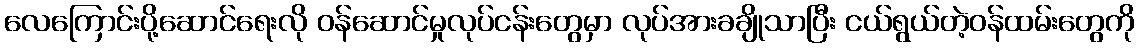
လေကြောင်းပို့ဆောင်ရေးလို ဝန်ဆောင်မှုလုပ်ငန်းတွေမှာ လုပ်အားခချိုသာပြီး ငယ်ရွယ်တဲ့ဝန်ထမ်းတွေကို